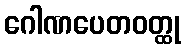
ဂေါဏပေတဝတ္ထု